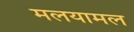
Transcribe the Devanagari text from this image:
मलयामल